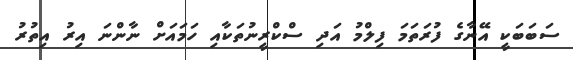
ސަބަބަކީ އޭނާގެ ފުރަތަމަ ފިލްމު އަދި ސްކްރީނުތަކާއި ހަމައަށް ނާންނަ އިރު އިތުރު